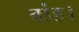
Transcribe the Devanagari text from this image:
बांह।